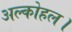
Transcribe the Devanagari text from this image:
अल्कोहल।